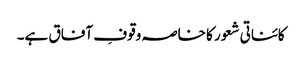
کائناتی شعور کا خاصہ وقوفِ آفاق ہے۔